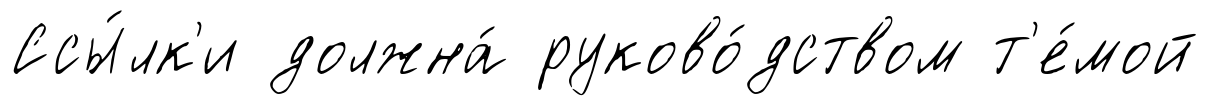
Ссы́лк'и должна́ руково́дством т'е́мой